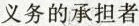
义务的承担者